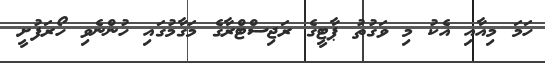
ހަމަ މިއާއި އެކު މި ވަގުތު ޕާޓީގެ ރަޖިސްޓްރާގެ މަގާމުގައި ހުންނެވި ހޯރަފުށީ